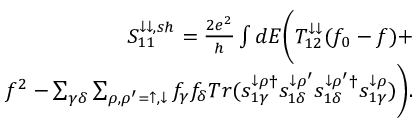
\begin{array} { r } { { S _ { 1 1 } ^ { \downarrow \downarrow , s h } = \frac { 2 e ^ { 2 } } { h } \int d E \bigg ( T _ { 1 2 } ^ { \downarrow \downarrow } ( f _ { 0 } - f ) + } } \\ { { f ^ { 2 } - \sum _ { \gamma \delta } \sum _ { \rho , \rho ^ { \prime } = \uparrow , \downarrow } f _ { \gamma } f _ { \delta } T r ( s _ { 1 \gamma } ^ { \downarrow \rho \dagger } s _ { 1 \delta } ^ { \downarrow \rho ^ { \prime } } s _ { 1 \delta } ^ { \downarrow \rho ^ { \prime } \dagger } s _ { 1 \gamma } ^ { \downarrow \rho } ) \bigg ) . } } \end{array}